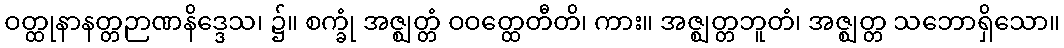
ဝတ္ထုနာနတ္တဉာဏနိဒ္ဒေသ၊ ၌။ စက္ခုံ အဇ္ဈတ္တံ ဝဝတ္ထေတီတိ၊ ကား။ အဇ္ဈတ္တဘူတံ၊ အဇ္ဈတ္တ သဘောရှိသော။